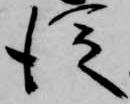
従